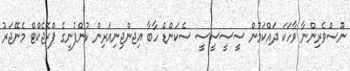
ނޫސްވެރިންނާ ވާހަކަ ދައްކަމުން ސީސީސީސީ ސެކަންޑް ހާބާ އިޖންޖިނިއަރިން ކުންފުނީގެ ޕްރޮޖެކްޓް މެނޭޖަރު